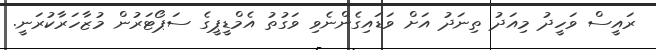
ރައީސް ވަހީދު މިއަދު ތިނަދު އަށް ވަޑައިގެންނެވި ވަގުތު އެމްޑީޕީގެ ސަޕޯޓަރުން މުޒާހަރާކުރަނީ.